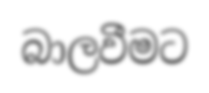
බාලවීමට